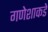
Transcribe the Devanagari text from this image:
गणेशाकडे